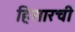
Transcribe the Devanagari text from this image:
हिसारची